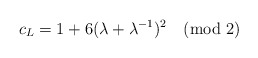
\begin{align*}c_L=1+6(\lambda+\lambda^{-1})^2\pmod 2\end{align*}